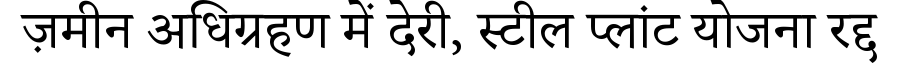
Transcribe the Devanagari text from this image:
ज़मीन अधिग्रहण में देरी, स्टील प्लांट योजना रद्द